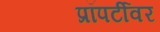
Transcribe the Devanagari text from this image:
प्रॉपर्टीवर